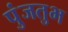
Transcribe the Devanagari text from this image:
पुंजतुभ